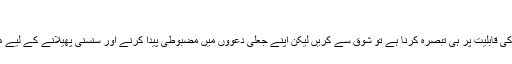
‘
'اگر آپ کو سلیکٹرز اور ان کی قابلیت پر ہی تبصرہ کرنا ہے تو شوق سے کریں لیکن اپنے جعلی دعووں میں مضبوطی پیدا کرنے اور سنسنی پھیلانے کے لیے میرا نام تو نہ استعمال کریں۔